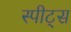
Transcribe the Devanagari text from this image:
स्पीट्स